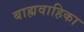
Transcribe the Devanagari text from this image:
बाह्यवाहिका